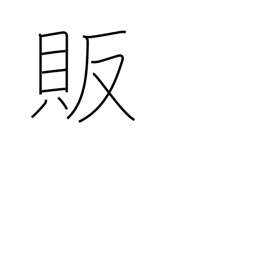
Meaning: trade